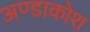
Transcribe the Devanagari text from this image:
अण्डाकोश